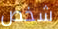
شخص